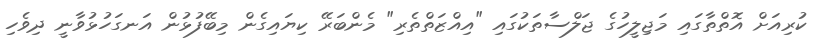
ކުރިއަށް އޮތްތާގައި މަޖިލީހުގެ ޖަލްސާތަކުގައި "އިއްޒަތްތެރި" މެންބަރޭ ކިޔައިގެން މިބޭފުޅުން އަނގަހުޅުވާނީ ދިވެހި